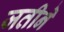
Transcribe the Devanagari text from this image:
जतीने